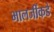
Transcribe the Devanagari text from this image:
भालजींकडे